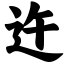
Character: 迕